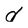
Character: d